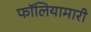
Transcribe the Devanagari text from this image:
फॉलियामारी